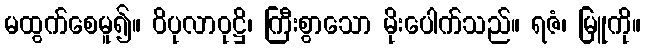
မထွက်စေမူ၍။ ဝိပုလာဝုဋ္ဌိ၊ ကြီးစွာသော မိုးပေါက်သည်။ ရဇံ၊ မြူကို။